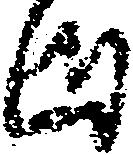
ま